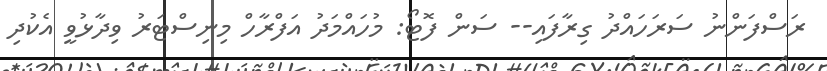
ރަސްފަންނު ސަރަހައްދު ގިރާފައި-- ސަން ފޮޓޯ: މުހައްމަދު އަފްރާހް މިނިސްޓަރު ވިދާޅުވީ އެކުދި